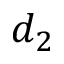
d _ { 2 }